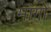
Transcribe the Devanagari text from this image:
माॅगो